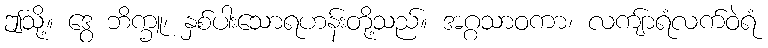
ဤသို့။ ဒွေ ဘိက္ခူ၊ နှစ်ပါးသောရဟန်းတို့သည်။ အဂ္ဂသာဝကာ၊ လကျ်ာရံလက်ဝဲရံ